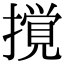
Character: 撹